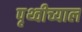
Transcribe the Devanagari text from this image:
पृथ्वीच्याल